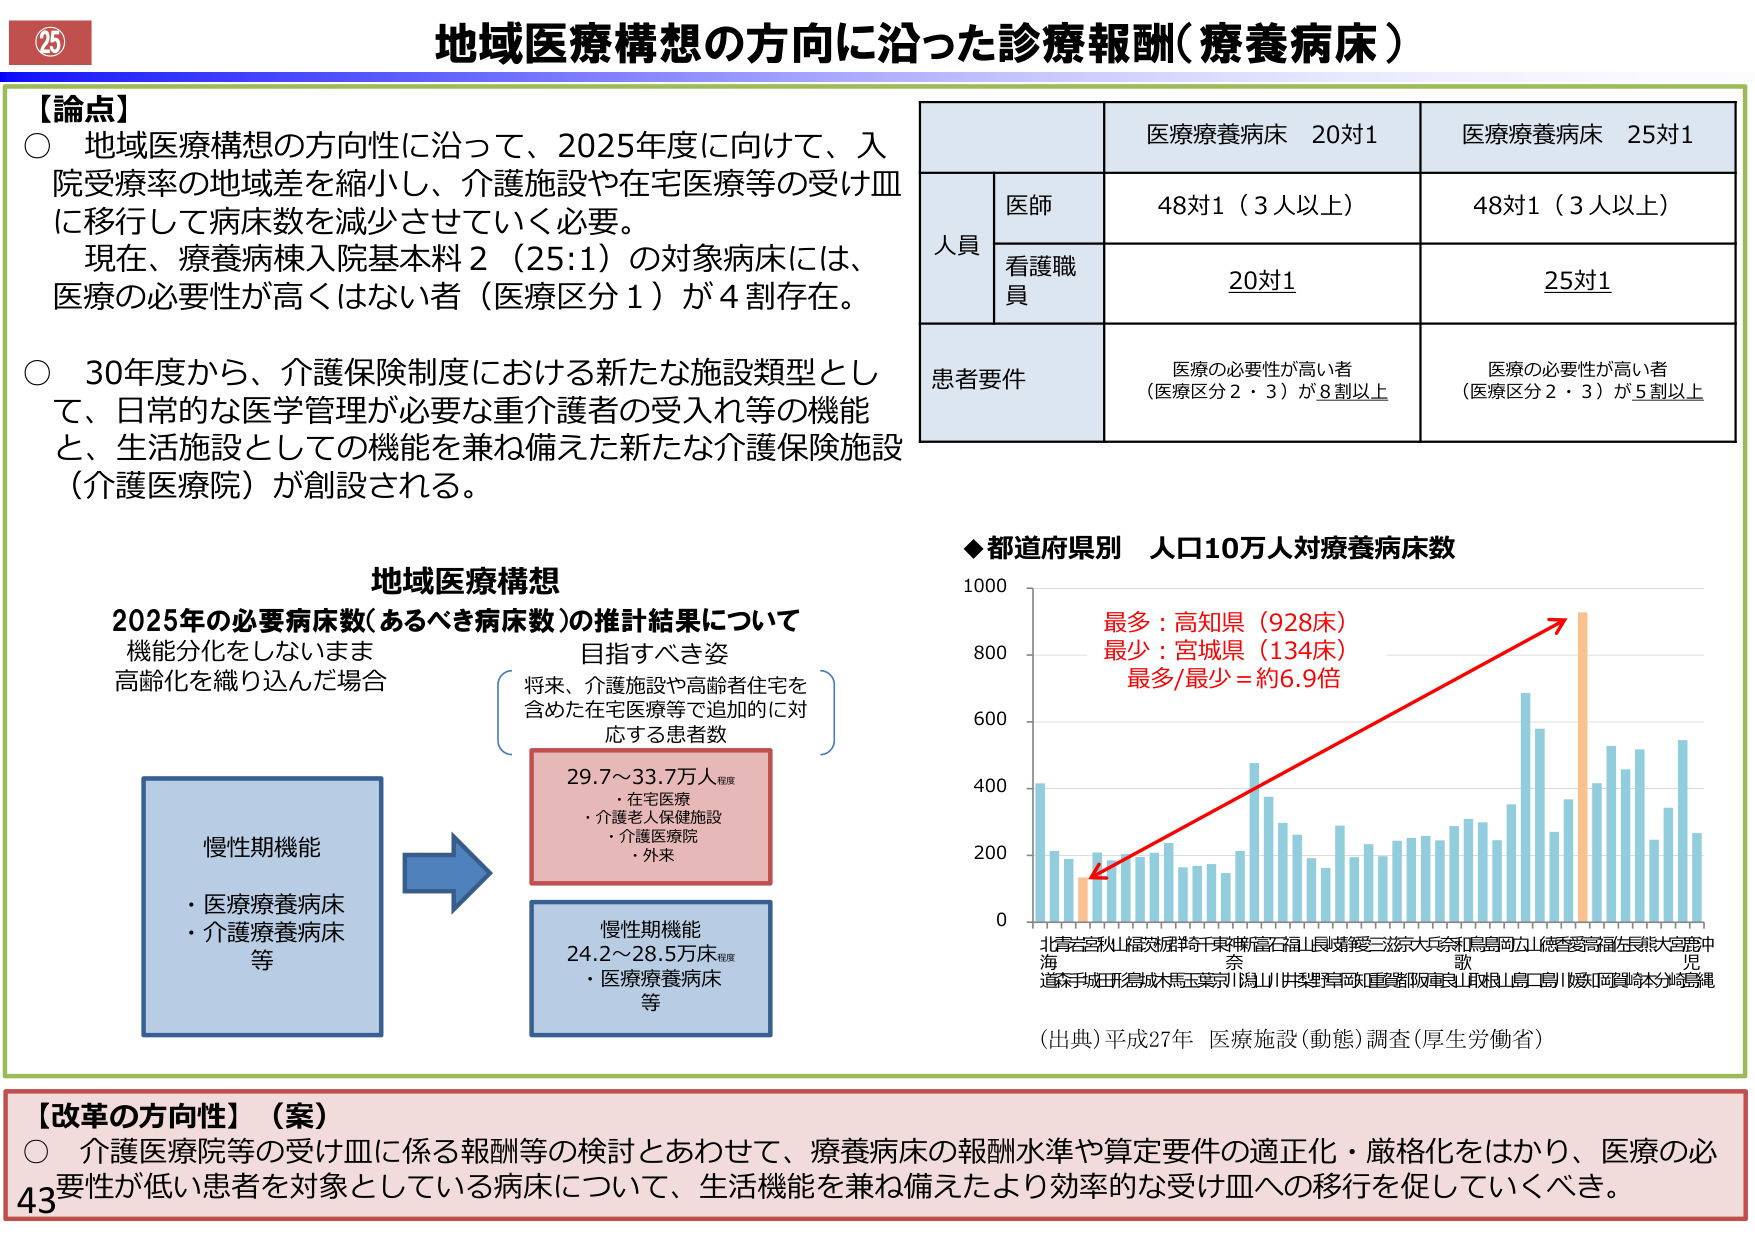
地域医療構想の方向に沿った診療報酬（療養病床）

【論点】
○ 地域医療構想の方向性に沿って、2025年度に向けて、入院受療率の地域差を縮小し、介護施設や在宅医療等の受け皿に移行して病床数を減少させていく必要。
　現在、療養病棟入院基本料２（25:1）の対象病床には、医療の必要性が高くはない者（医療区分１）が４割存在。

○ 30年度から、介護保険制度における新たな施設類型として、日常的な医学管理が必要な重介護者の受入れ等の機能と、生活施設としての機能を兼ね備えた新たな介護保険施設（介護医療院）が創設される。

地域医療構想
2025年の必要病床数（あるべき病床数）の推計結果について
機能分化をしないまま
高齢化を織り込んだ場合

慢性期機能
・医療療養病床
・介護療養病床
等

→

将来、介護施設や高齢者住宅を含めた在宅医療等で追加的に対応する患者数
29.7～33.7万人程度
・在宅医療
・介護老人保健施設
・介護医療院
・外来

慢性期機能
24.2～28.5万床程度
・医療療養病床
等

医療療養病床 20対1　　　　　　　医療療養病床 25対1
人員
　医師　　　　　　　　　　　　　48対1（3人以上）　　　　　　　　　48対1（3人以上）
　看護職員　　　　　　　　　　　20対1　　　　　　　　　　　　　　25対1
患者要件　　　　　　　　　　　　医療の必要性が高い者　　　　　　医療の必要性が高い者
　　　　　　　　　　　　　　　　（医療区分2・3）が8割以上　　　（医療区分2・3）が5割以上

◆都道府県別 人口10万人対療養病床数
（縦軸：0～1000）
最多：高知県（928床）
最少：宮城県（134床）
最多/最少＝約6.9倍
（横軸：北海道、青森、岩手、宮城、秋田、山形、福島、茨城、栃木、群馬、埼玉、千葉、東京、神奈川、新潟、富山、石川、福井、山梨、長野、岐阜、静岡、愛知、三重、滋賀、京都、大阪、兵庫、奈良、和歌山、鳥取、島根、岡山、広島、山口、徳島、香川、愛媛、高知、福岡、佐賀、長崎、熊本、大分、宮崎、鹿児島、沖縄）

（出典）平成27年 医療施設（動態）調査（厚生労働省）

【改革の方向性】（案）
○ 介護医療院等の受け皿に係る報酬等の検討とあわせて、療養病床の報酬水準や算定要件の適正化・厳格化をはかり、医療の必要性が低い患者を対象としている病床について、生活機能を兼ね備えたより効率的な受け皿への移行を促していくべき。

25
43